Regulations for the medical services of the Army of India
Year: 1930
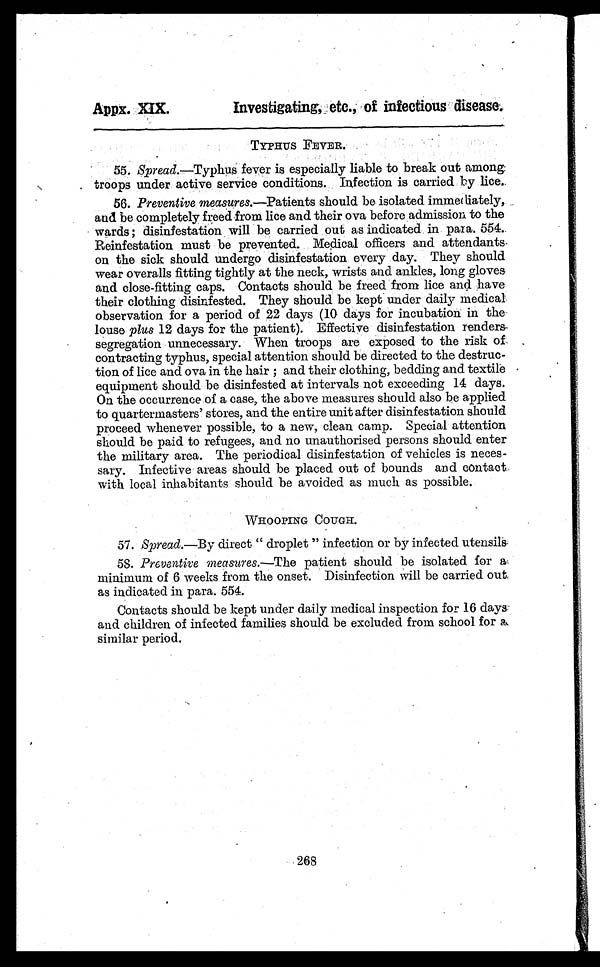
Appx. XIX.
Investigating, etc.,of infectious disease.
TYPHUS FEVER.
55.Spread.—Typhus fever is especially liable to break out among
troops under active service conditions. Infection is carried by lice.
56.Preventive measures. —Patients should be isolated immediately,
and be completely freed from lice and their ova before admission to the
wards ; disinfestation will be carried out as indicated in para. 554.
Reinfestation must be prevented. Medical officers and attendants
on the sick should undergo disinfestation every day. They should
wear overalls fitting tightly at the neck, wrists and ankles, long gloves
and close-fitting caps. Contacts should be freed from lice and have
their clothing disinfested. They should be kept under daily medical
observation for a period of 22 days (10 days for incubation in the
louse plus 12 days for the patient). Effective disinfestation renders-
segregation unnecessary. When troops are exposed to the risk of
contracting typhus, special attention should be directed to the destruc-
tion of lice and ova in the hair ; and their clothing, bedding and textile
equipment should be disinfested at intervals not exceeding 14 days.
On the occurrence of a case, the above measures should also be applied
to quartermasters' stores, and the entire unit after disinfestation should
proceed whenever possible, to a new, clean camp. Special attention
should be paid to refugees, and no unauthorised persons should enter
the military area. The periodical disinfestation of vehicles is neces-
sary. Infective areas should be placed out of bounds and contact
with local inhabitants should be avoided as much as possible.
WHOOPING COUGH.
57.Spread.—By direct "droplet " infection or by infected utensils.
58. Preventive measures. —The patient should be isolated for a
minimum of 6 weeks from the onset. Disinfection will be carried out
as indicated in para. 554.
Contacts should be kept under daily medical inspection for 16 days
and children of infected families should be excluded from school for a
similar period.
268